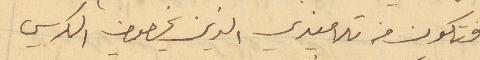
فتكون من تلاميذي الذين يخصون الكرسي